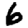
Digit: 6